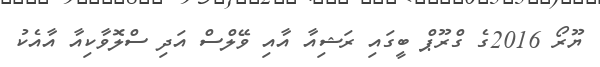
ޔޫރޯ 2016ގެ ގްރޫޕް ބީގައި ރަޝިއާ އާއި ވޭލްސް އަދި ސްލޮވާކިއާ އާއެކު